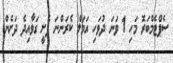
ސެޕްޓެމްބަރޮ މަހި 1 ވަނަ ދުވަހި އަމަލް ކެރަންނަ ފެށީ ގަވާއިދެ ދަށެން